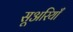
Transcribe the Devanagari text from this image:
सूअरियाँ